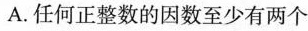
A.任何正整数的因数至少有两个